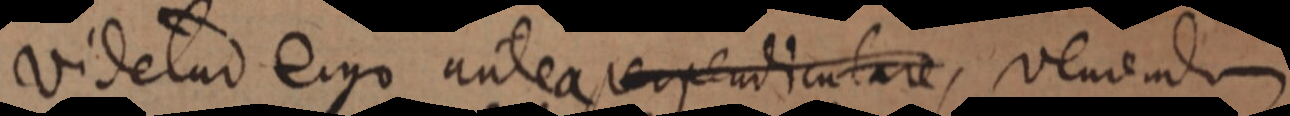
videtur ergo antea perpendiculare, vemendum